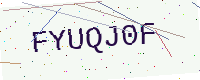
Text: FYUQJ0F